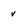
Character: v